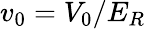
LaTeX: v_{0}=V_{0}/E_{R}